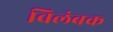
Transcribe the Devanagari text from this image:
विलंबक